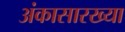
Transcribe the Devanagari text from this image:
अंकासारख्या